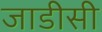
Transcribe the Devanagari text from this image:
जाडीसी